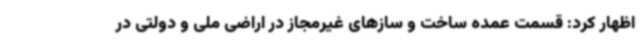
اظهار کرد: قسمت عمده ساخت و سازهای غیرمجاز در اراضی ملی و دولتی در